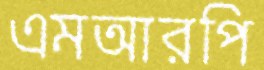
এমআরপি